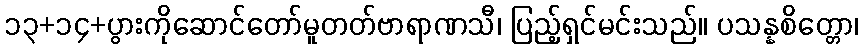
၁၃+၁၄+ပွားကိုဆောင်တော်မူတတ်ဗာရာဏသီ၊ ပြည့်ရှင်မင်းသည်။ ပသန္နစိတ္တော၊